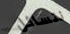
نتسائل